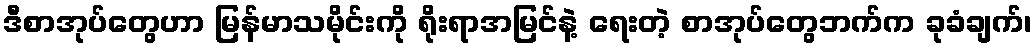
ဒီစာအုပ်တွေဟာ မြန်မာသမိုင်းကို ရိုးရာအမြင်နဲ့ ရေးတဲ့ စာအုပ်တွေဘက်က ခုခံချက်၊